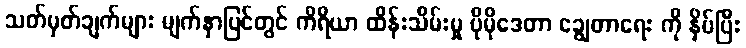
သတ်မှတ်ချက်များ မျက်နှာပြင်တွင် ကိရိယာ ထိန်းသိမ်းမှု ပိုမိုဒေတာ ချွေတာရေး ကို နှိပ်ပြီး